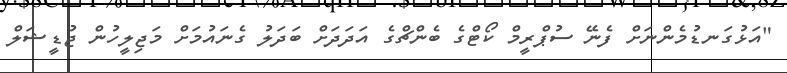
"އަޅުގަނޑުމެންނަށް ފެނޭ ސުޕްރީމް ކޯޓްގެ ބެންޗްގެ އަދަދަށް ބަދަލު ގެނައުމަށް މަޖިލީހުން ޖުޑީޝަލް